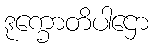
ဒုက္ခောတိပါဌော